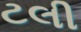
ટલી